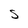
Character: S